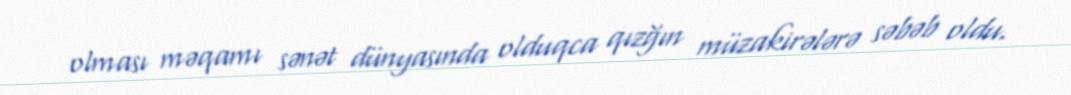
olması məqamı sənət dünyasında olduqca qızğın müzakirələrə səbəb oldu.